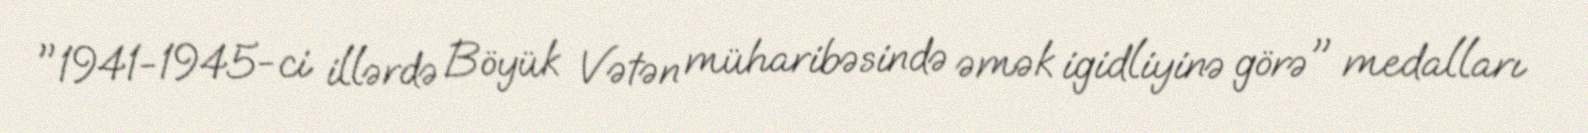
"1941-1945-ci illərdə Böyük Vətən müharibəsində əmək igidliyinə görə" medalları